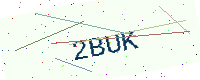
Text: 2BUK